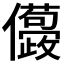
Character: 𠑛